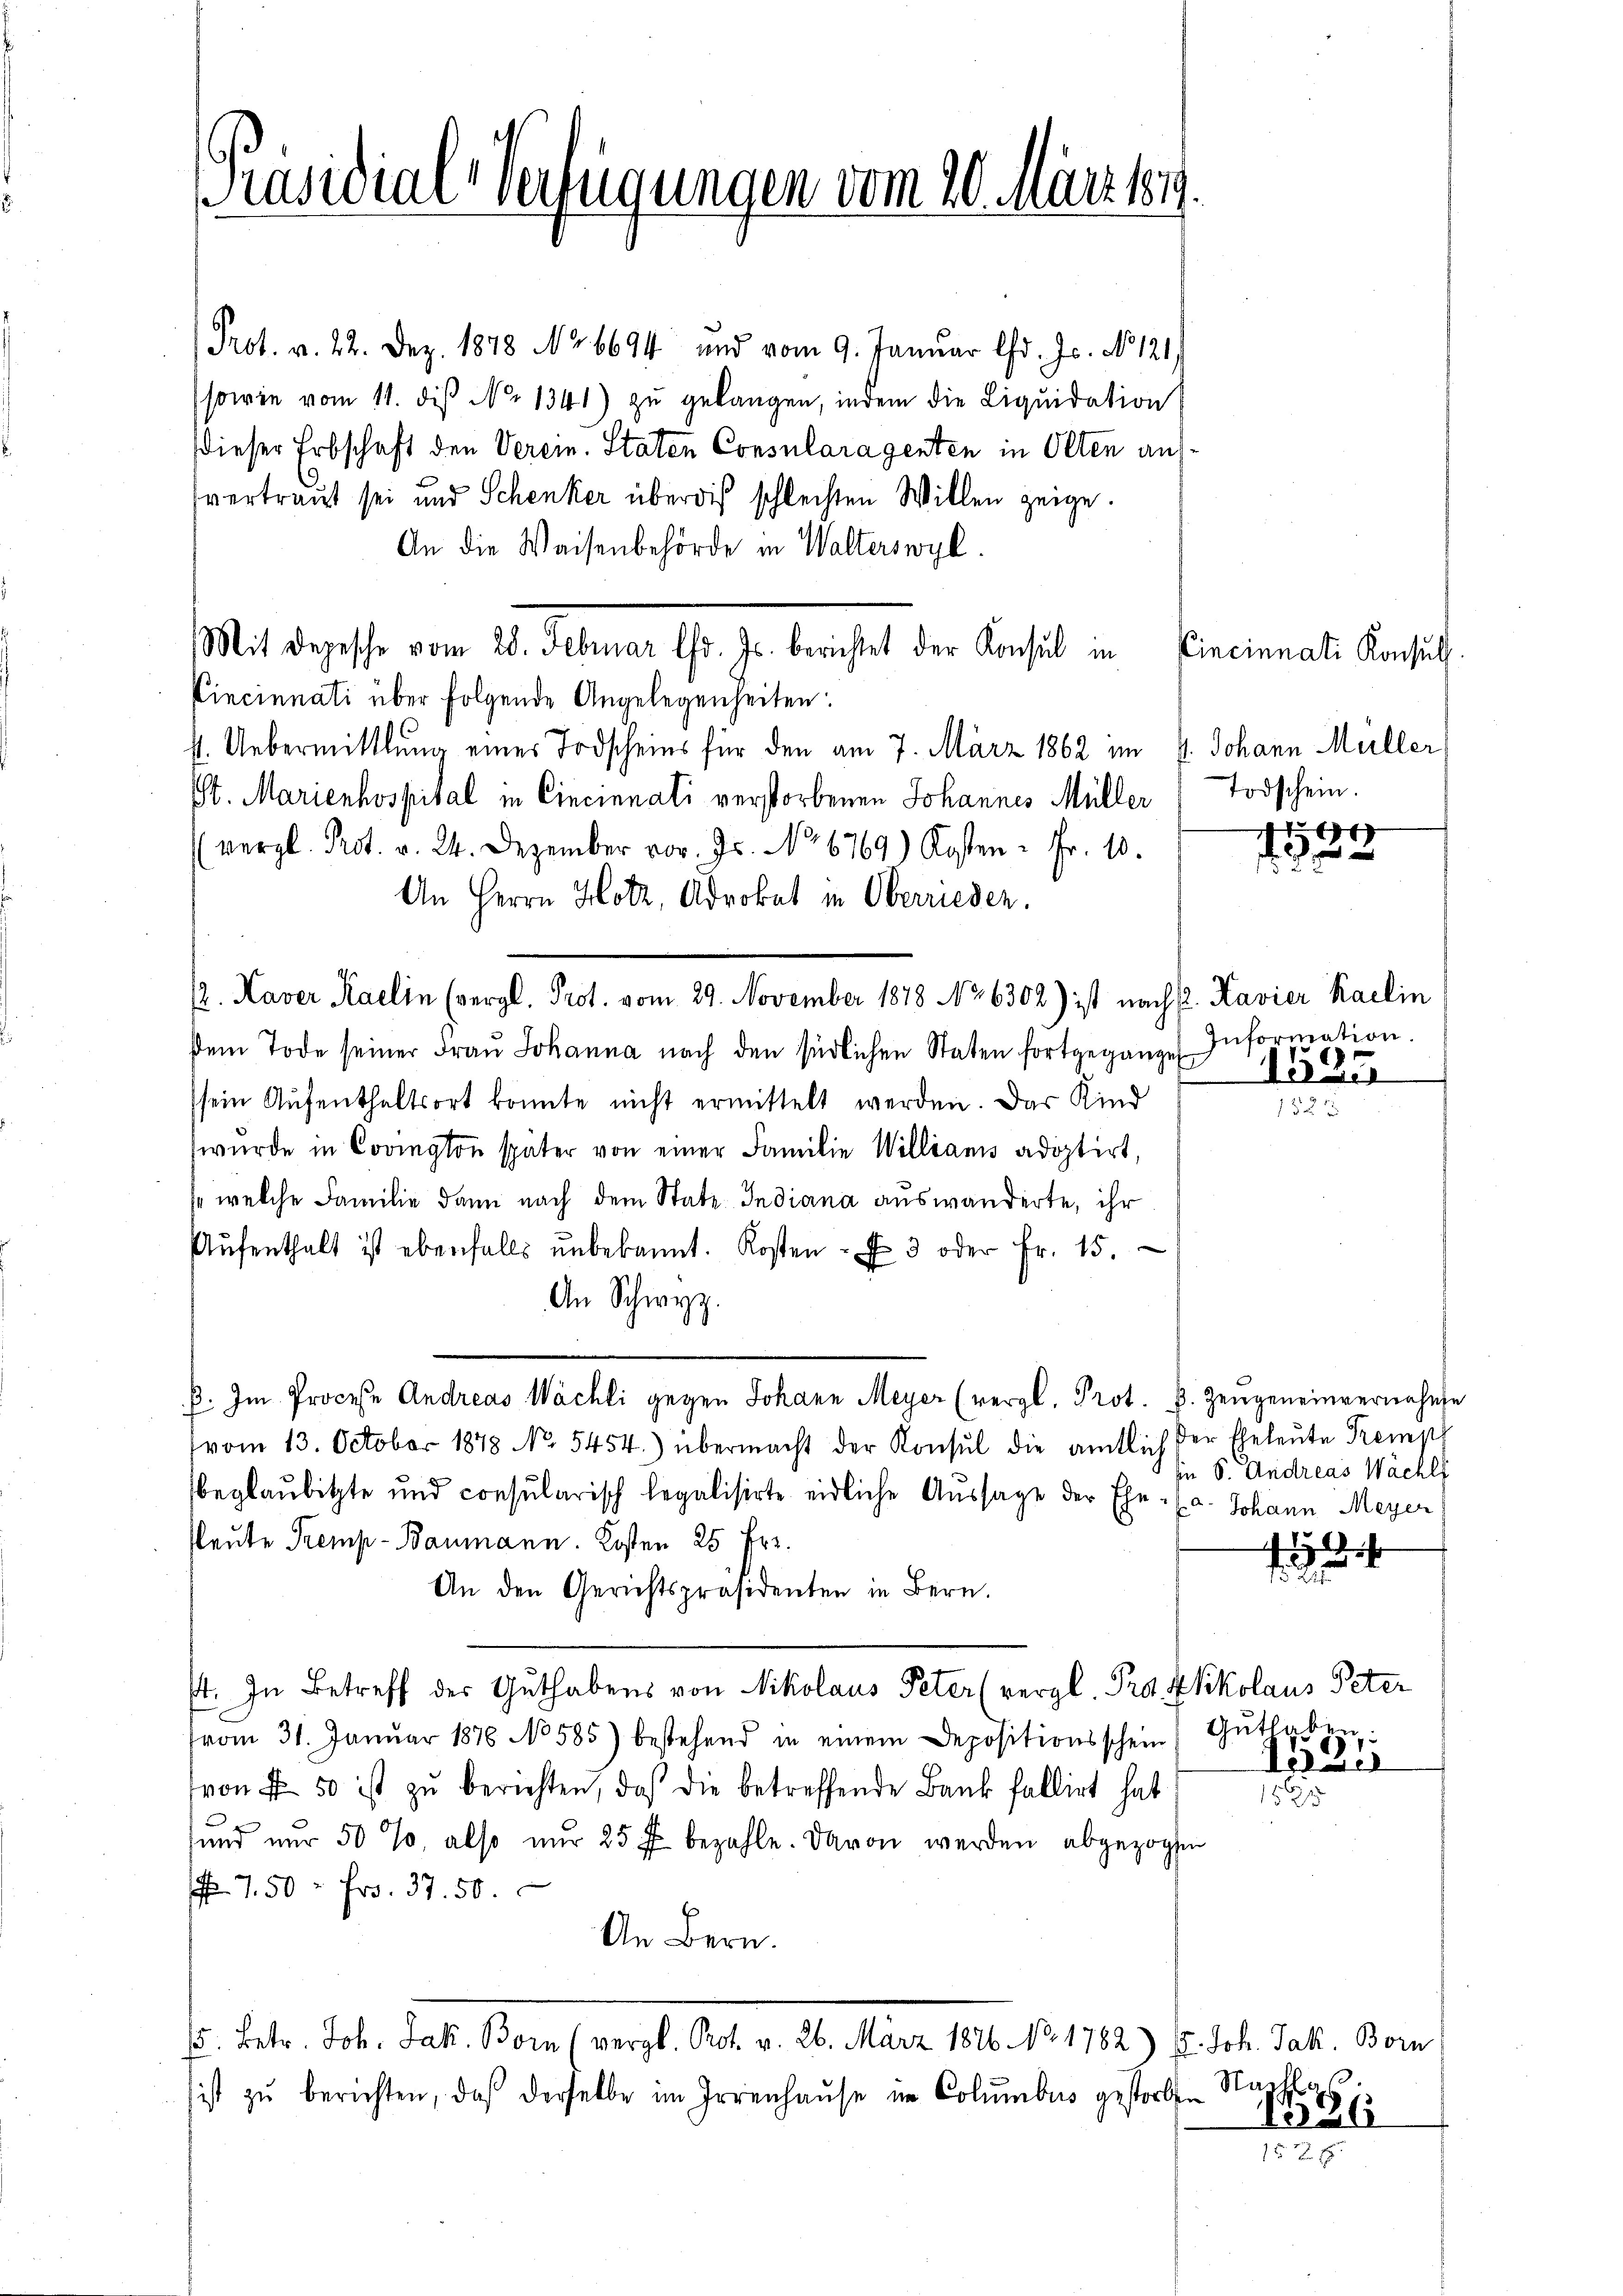
Präsidial-Verfügungen vom 20. März 189.

Prot. v. 22. Dez. 1878 No 6694 und vom 9. Januar lfd. Js. No 121.)
(sowie vom 11. diβ No 1341) zu gelangen, indem die Liquidation
dieser Erbschaft den Verein. Staten Consularagenten in Olten aufvertraut sei und Schenker über die schlechten Willen zeige.
An die Waisenbehörde in Walterswyl
Mit dergesse vom 28. Februar 10. Js. berichtet der Konsul in
Cincinnati über folgende Angelegenheiten:
s. Uebermittlung eines Todscheins für den am 7. März 1862 im 4. Johann Müller
St. Marienhospital in Cincinnati verstorbenen Johannes Müller
(vergl. Prot. v. 24. Dezember vor. Js. No 6769) Kosten - Fr. 10.
An Herrn Hotz, Advokat in Oberrieden.
/2. Haver Karlin (vergl. Prot. vom 29. November 1878 No 6302) ist nach P. Kavier Karlin
dem Tode seiner Fraŭ Johanna nach den südlichen Staten fortgegange Information.
ssein Aufenthaltsort könnte nicht ermittelt werden. Das Kind
wurde in Covington später von einer Familie Willianis adoptirt,
s, welche Familie dann nach dem State Indiana auswanderte, ihr
Aŭfenthalt ist ebenfalls ŭnbekannt. Kosten - u 3 oder Fr. 15.
An Schwyz.
ß. Im Procese Andreas Wächli gegen Johann Meyer (vergl. Prot. B. Zeugeneinvernahme
vom 13. October 1878 No. 5454.) übermacht der Konsul die amtlich der Eheleute Prempf
beglaubitte und consularisch legalisirte eidliche Aussage der Ehe- (a. Johann Meyer,
sleute Premp-Baumann. Kosten 25 Fr.
An den Gerichtspräsidenten in Bern.
st. In Betreff der Guthabens von Nikolaus Peter (vergl. Pro Ekkolaus Peter
vom 31. Janŭar 1876 No 585) bestehend in einem Depositionsschein Guthaben:
von Fr. 50 ist zŭ berichten, daß die betreffende Bank fallirt hat
sund nur 50 %, also nur 25 f bezahle. Davon werden abgezogen
 750 = Fr. 37. 50.
An Bern.
15. Betr. Joh. Jak. Born (vergl. Prot. v. 26. März 1826. No. 1782) u. Joh. Jak. Born
ist zŭ berichten, daß derselbe im Irrenhaŭse im Columbus gestorben

Cincinnati Konsuls.
Todschein.

1
1

1525

sine S. Andreas Wächl
dicht

f

Tele

1865

Nachlaß
1336